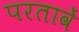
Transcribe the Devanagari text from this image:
परतावें